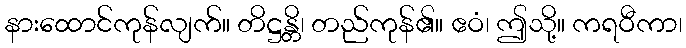
နားထောင်ကုန်လျက်။ တိဋ္ဌန္တိ၊ တည်ကုန်၏။ ဧဝံ၊ ဤသို့။ ကရဝီကာ၊